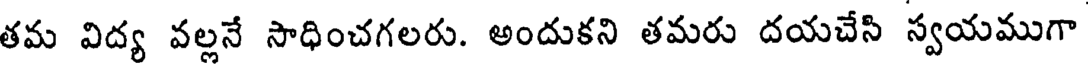
తమ విద్య వల్లనే సాధించగలరు. అందుకని తమరు దయచేసి స్వయముగా